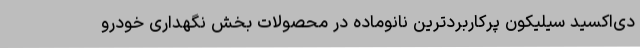
دی‌اکسید سیلیکون پرکاربردترین نانوماده در محصولات بخش نگهداری خودرو